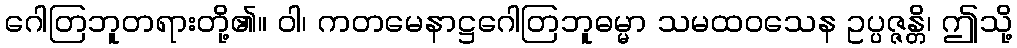
ဂေါတြဘူတရားတို့၏။ ဝါ၊ ကတမေနာဋ္ဌဂေါတြဘူဓမ္မာ သမထဝသေန ဥပ္ပဇ္ဇန္တိ၊ ဤသို့